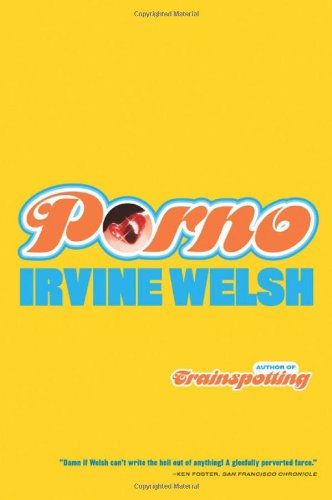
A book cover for Porno (Norton Paperback); Irvine Welsh; Literature & Fiction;